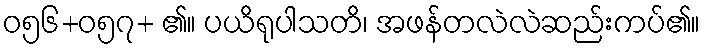
ဝ၅၆+၀၅၇+ ၏။ ပယိရုပါသတိ၊ အဖန်တလဲလဲဆည်းကပ်၏။